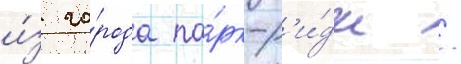
и́з го́рода па́рк-р'и́дж /